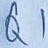
Text: Q1